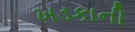
ખડકાની